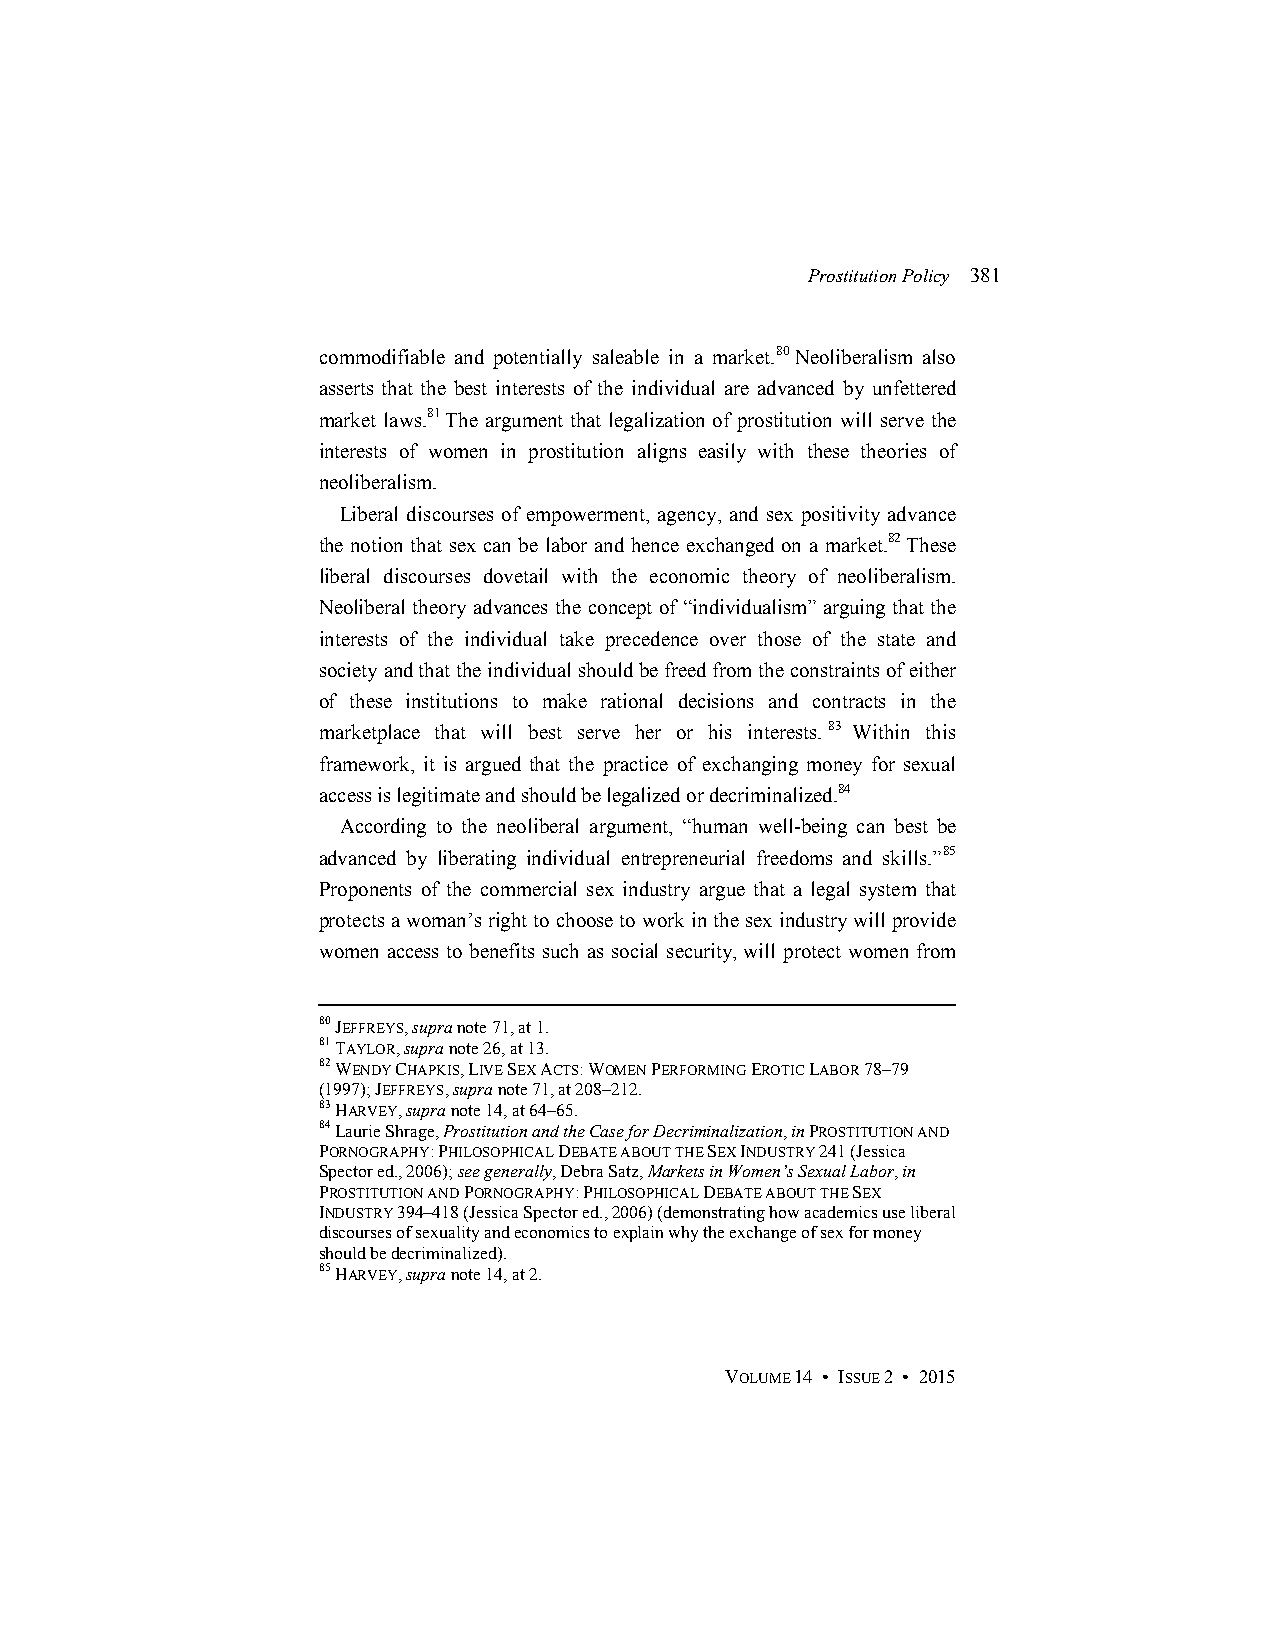
Prostitution Policy 381
 commodifiable and potentially saleable in a market.80 Neoliberalism also
 asserts that the best interests of the individual are advanced by unfettered
 market laws.81 The argument that legalization of prostitution will serve the
 interests of women in prostitution aligns easily with these theories of
 neoliberalism.
 Liberal discourses of empowerment, agency, and sex positivity advance
 the notion that sex can be labor and hence exchanged on a market.82 These
 liberal discourses dovetail with the economic theory of neoliberalism.
 Neoliberal theory advances the concept of “individualism” arguing that the
 interests of the individual take precedence over those of the state and
 society and that the individual should be freed from the constraints of either
 of these institutions to make rational decisions and contracts in the
 marketplace that will best serve her or his interests. 83 Within this
 framework, it is argued that the practice of exchanging money for sexual
 access is legitimate and should be legalized or decriminalized.84
 According to the neoliberal argument, “human well-being can best be
 advanced by liberating individual entrepreneurial freedoms and skills.”85
 Proponents of the commercial sex industry argue that a legal system that
 protects a woman’s right to choose to work in the sex industry will provide
 women access to benefits such as social security, will protect women from
 80 JEFFREYS, supra note 71, at 1.
 81 TAYLOR, supra note 26, at 13.
 82 WENDY CHAPKIS, LIVE SEX ACTS: WOMEN PERFORMING EROTIC LABOR 78–79
 (1997); JEFFREYS, supra note 71, at 208–212.
 83 HARVEY, supra note 14, at 64–65.
 84 Laurie Shrage, Prostitution and the Case for Decriminalization, in PROSTITUTION AND
 PORNOGRAPHY: PHILOSOPHICAL DEBATE ABOUT THE SEX INDUSTRY 241 (Jessica
 Spector ed., 2006); see generally, Debra Satz, Markets in Women’s Sexual Labor, in
 PROSTITUTION AND PORNOGRAPHY: PHILOSOPHICAL DEBATE ABOUT THE SEX
 INDUSTRY 394–418 (Jessica Spector ed., 2006) (demonstrating how academics use liberal
 discourses of sexuality and economics to explain why the exchange of sex for money
 should be decriminalized).
 85 HARVEY, supra note 14, at 2.
 VOLUME 14 • ISSUE 2 • 2015